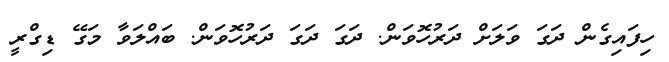
ހިފައިގެން ދަގަ ވަލަށް ދަރުހޮވަން. ދަގަ ދަގަ ދަރުހޮވަން. ބައްލަވާ މަގޭ ޑިގްރީ